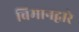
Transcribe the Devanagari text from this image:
बिमानद्वारे